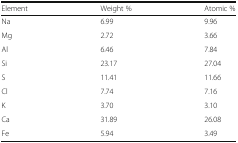
<table><thead><tr><td><b>Element</b></td><td><b>Weight %</b></td><td><b>Atomic %</b></td></tr></thead><tbody><tr><td>Na</td><td>6.99</td><td>9.96</td></tr><tr><td>Mg</td><td>2.72</td><td>3.66</td></tr><tr><td>Al</td><td>6.46</td><td>7.84</td></tr><tr><td>Si</td><td>23.17</td><td>27.04</td></tr><tr><td>S</td><td>11.41</td><td>11.66</td></tr><tr><td>Cl</td><td>7.74</td><td>7.16</td></tr><tr><td>K</td><td>3.70</td><td>3.10</td></tr><tr><td>Ca</td><td>31.89</td><td>26.08</td></tr><tr><td>Fe</td><td>5.94</td><td>3.49</td></tr></tbody></table>